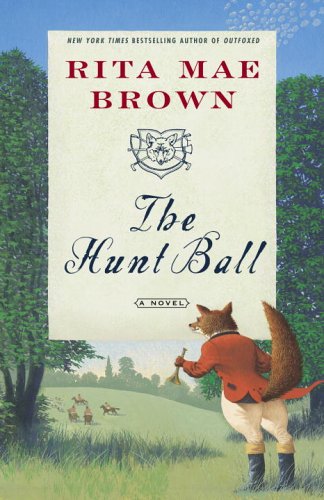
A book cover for The Hunt Ball: A Novel ("Sister" Jane); Rita Mae Brown; Literature & Fiction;